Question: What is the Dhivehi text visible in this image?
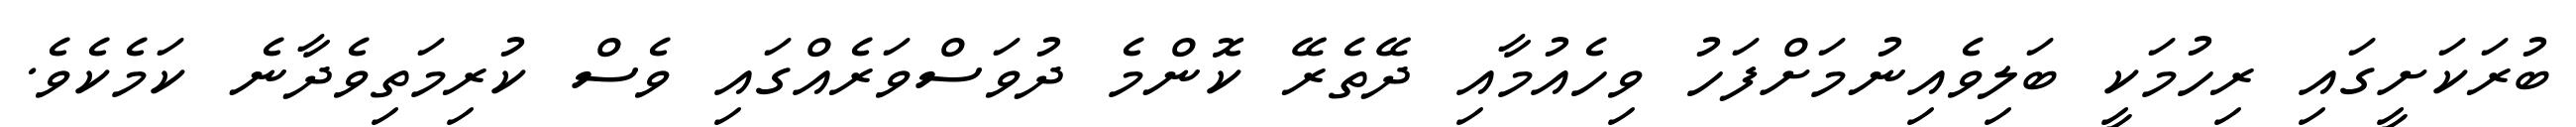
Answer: ބުރަކަށީގައި ރިހުމަކީ ބަލިވެއިނުމަށްފަހު ވިހެއުމާއި ދޭތެރޭ ކޮންމެ ދުވަސްވަރެއްގައި ވެސް ކުރިމަތިވެދާނެ ކަމެކެވެ.